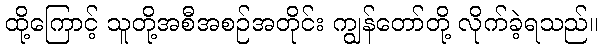
ထို့ကြောင့် သူတို့အစီအစဉ်အတိုင်း ကျွန်တော်တို့ လိုက်ခဲ့ရသည်။